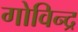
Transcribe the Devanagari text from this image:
गोविन्द्र